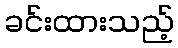
ခင်းထားသည့်